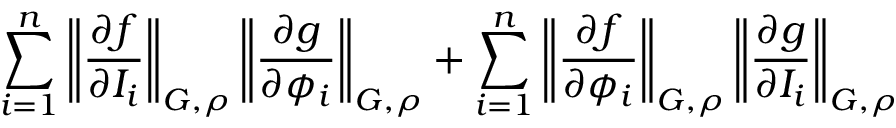
\displaystyle \sum _ { i = 1 } ^ { n } \left\| \frac { \partial f } { \partial I _ { i } } \right\| _ { G , \rho } \left\| \frac { \partial g } { \partial \phi _ { i } } \right\| _ { G , \rho } + \sum _ { i = 1 } ^ { n } \left\| \frac { \partial f } { \partial \phi _ { i } } \right\| _ { G , \rho } \left\| \frac { \partial g } { \partial I _ { i } } \right\| _ { G , \rho }